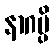
နာဂမ္ပိ